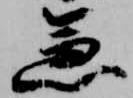
急